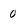
Character: 0